Annual administration report of the Civil Veterinary Department of India - 1897-1898
Year: 1897
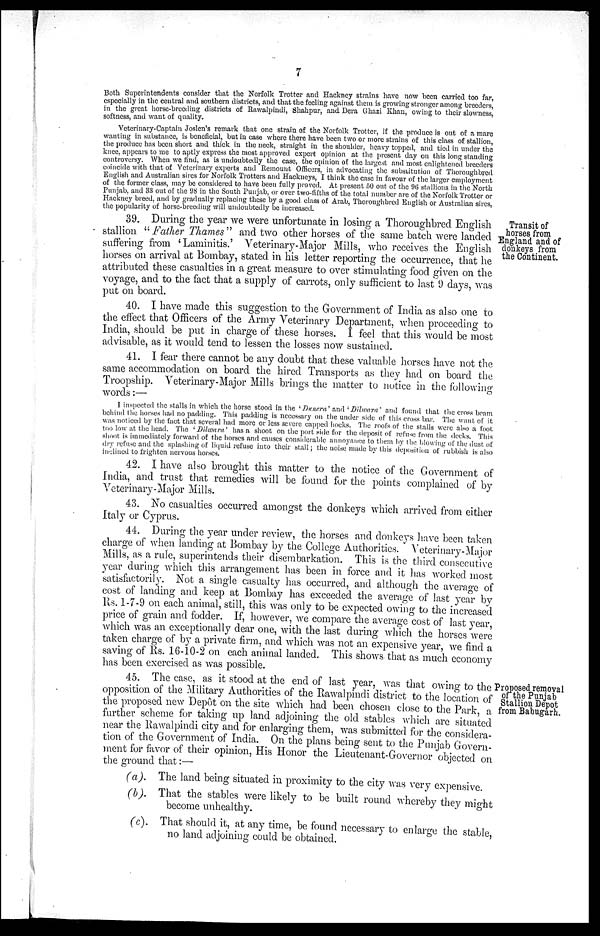
7
Both Superintendents consider that the Norfolk Trotter and Hackney strains have now been carried too far,
especially in the central and southern districts, and that the feeling against them is growing stronger among breeders,
in the great horse-breeding districts of Rawalpindi, Shahpur, and Dera Ghazi Khan, owing to their slowness,
softness, and want of quality.
Veterinary-Captain Joslen's remark that one strain of the Norfolk Trotter, if the produce is out of a mare
wanting in substance, is beneficial, but in case where there have been two or more strains of this class of stallion,
the produce has been short and thick in the neck, straight in the shoulder, heavy topped, and tied in under the
knee, appears to me to aptly express the most approved expert opinion at the present day on this long standing
controversy. When we find, as is undoubtedly the case, the opinion of the largest and most enlightened breeders
coincide with that of Veterinary experts and Remount Officers, in advocating the substitution of Thoroughbred
English and Australian sires for Norfolk Trotters and Hackneys, I think the case in favour of the larger employment
of the former class, may be considered to have been fully proved. At present 50 out of the 96 stallions in the North
Punjab, and 33 out of the 98 in the South Punjab, or over two-fifths of the total number are of the Norfolk Trotter or
Hackney breed, and by gradually replacing these by a good class of Arab, Thoroughbred English or Australian sires,
the popularity of horse-breeding will undoubtedly be increased
Transit of
horses from
England and of
donkeys from
the Continent.
39. During the year we were unfortunate in losing a Thoroughbred English
stallion "Father Thames" and two other horses of the same batch were landed
suffering from 'Laminitis.' Veterinary-Major Mills, who receives the English
horses on arrival at Bombay, stated in his letter reporting the occurrence, that he
attributed these casualties in a great measure to over stimulating food given on the
voyage, and to the fact that a supply of carrots, only sufficient to last 9 days, was
put on board.
40. I have made this suggestion to the Government of India as also one to
the effect that Officers of the Army Veterinary Department, when proceeding to
India, should be put in charge of these horses. I feel that this would be most
advisable, as it would tend to lessen the losses now sustained.
41. I fear there cannot be any doubt that these valuable horses have not the
same accommodation on board the hired Transports as they had on board the
Troopship. Veterinary-Major Mills brings the matter to notice in the following
words:—
I inspected the stalls in which the horse stood in the 'Dunera' and 'Dilwara' and found that the cross beam
behind the horses had no padding. This padding is necessary on the under side of this cross bar. The want of it
was noticed by the fact that several had more or less severe capped hocks. The roofs of the stalls were also a foot
too low at the head. The 'Dilwara' has a shoot on the port side for the deposit of refuse from the decks. This
shoot is immediately forward of the horses and causes considerable annoyance to them by the blowing of the dust of
dry refuse and the splashing of liquid refuse into their stall; the noise made by this deposition of rubbish is also
inclined to frighten nervous horses.
42. I have also brought this matter to the notice of the Government of
India, and trust that remedies will be found for the points complained of by
Veterinary- Major Mills.
43. No casualties occurred amongst the donkeys which arrived from either
Italy or Cyprus.
44. During the year under review, the horses and donkeys have been taken
charge of when landing at Bombay by the College Authorities. Veterinary-Major
Mills, as a rule, superintends their disembarkation. This is the third consecutive
year during which this arrangement has been in force and it has worked most
satisfactorily. Not a single casualty has occurred, and although the average of
cost of landing and keep at Bombay has exceeded the average of last year by
Rs. 1-7-9 on each animal, still, this was only to be expected owing to the increased
price of grain and fodder. If, however, we compare the average cost of last year,
which was an exceptionally dear one, with the last during which the horses were
taken charge of by a private firm, and which was not an expensive year, we find a
saving of Rs. 16-10-2 on each animal landed. This shows that as much economy
has been exercised as was possible.
Proposed removal
of the Punjab
Stallion Depot
from Babugarh.
45. The case, as it stood at the end of last year, was that owing to the
opposition of the Military Authorities of the Rawalpindi district to the location of
the proposed new Depôt on the site which had been chosen close to the Park, a
further scheme for taking up land adjoining the old stables which are situated
near the Rawalpindi city and for enlarging them, was submitted for the considera-
tion of the Government of India. On the plans being sent to the Punjab Govern-
ment for favor of their opinion, His Honor the Lieutenant-Governor objected on
the ground that:—
(a).
The land being situated in proximity to the city was very expensive.
(b). That the stables were likely to be built round whereby they might
become unhealthy.
(c). That should it, at any time, be found necessary to enlarge the stable,
no land adjoining could be
obtained.